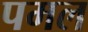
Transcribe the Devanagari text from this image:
पमल